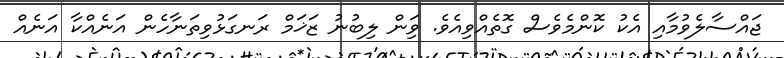
ޖައްސާލެވުމާއި އެކު ކޮންމެވެސް ގޮތެއްވިއެވެ. ވަިން ލިބުނު ޒަޚަމް ރަނގަޅުވިތަނާހެން އަނެއްކާ އަނެއް